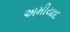
અમીયાદ